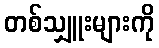
တစ်သျှူးများကို